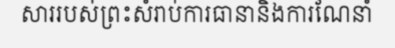
សាររបស់ព្រះសំរាប់ការធានានិងការណែនាំ